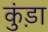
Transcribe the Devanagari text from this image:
कुंड़ा